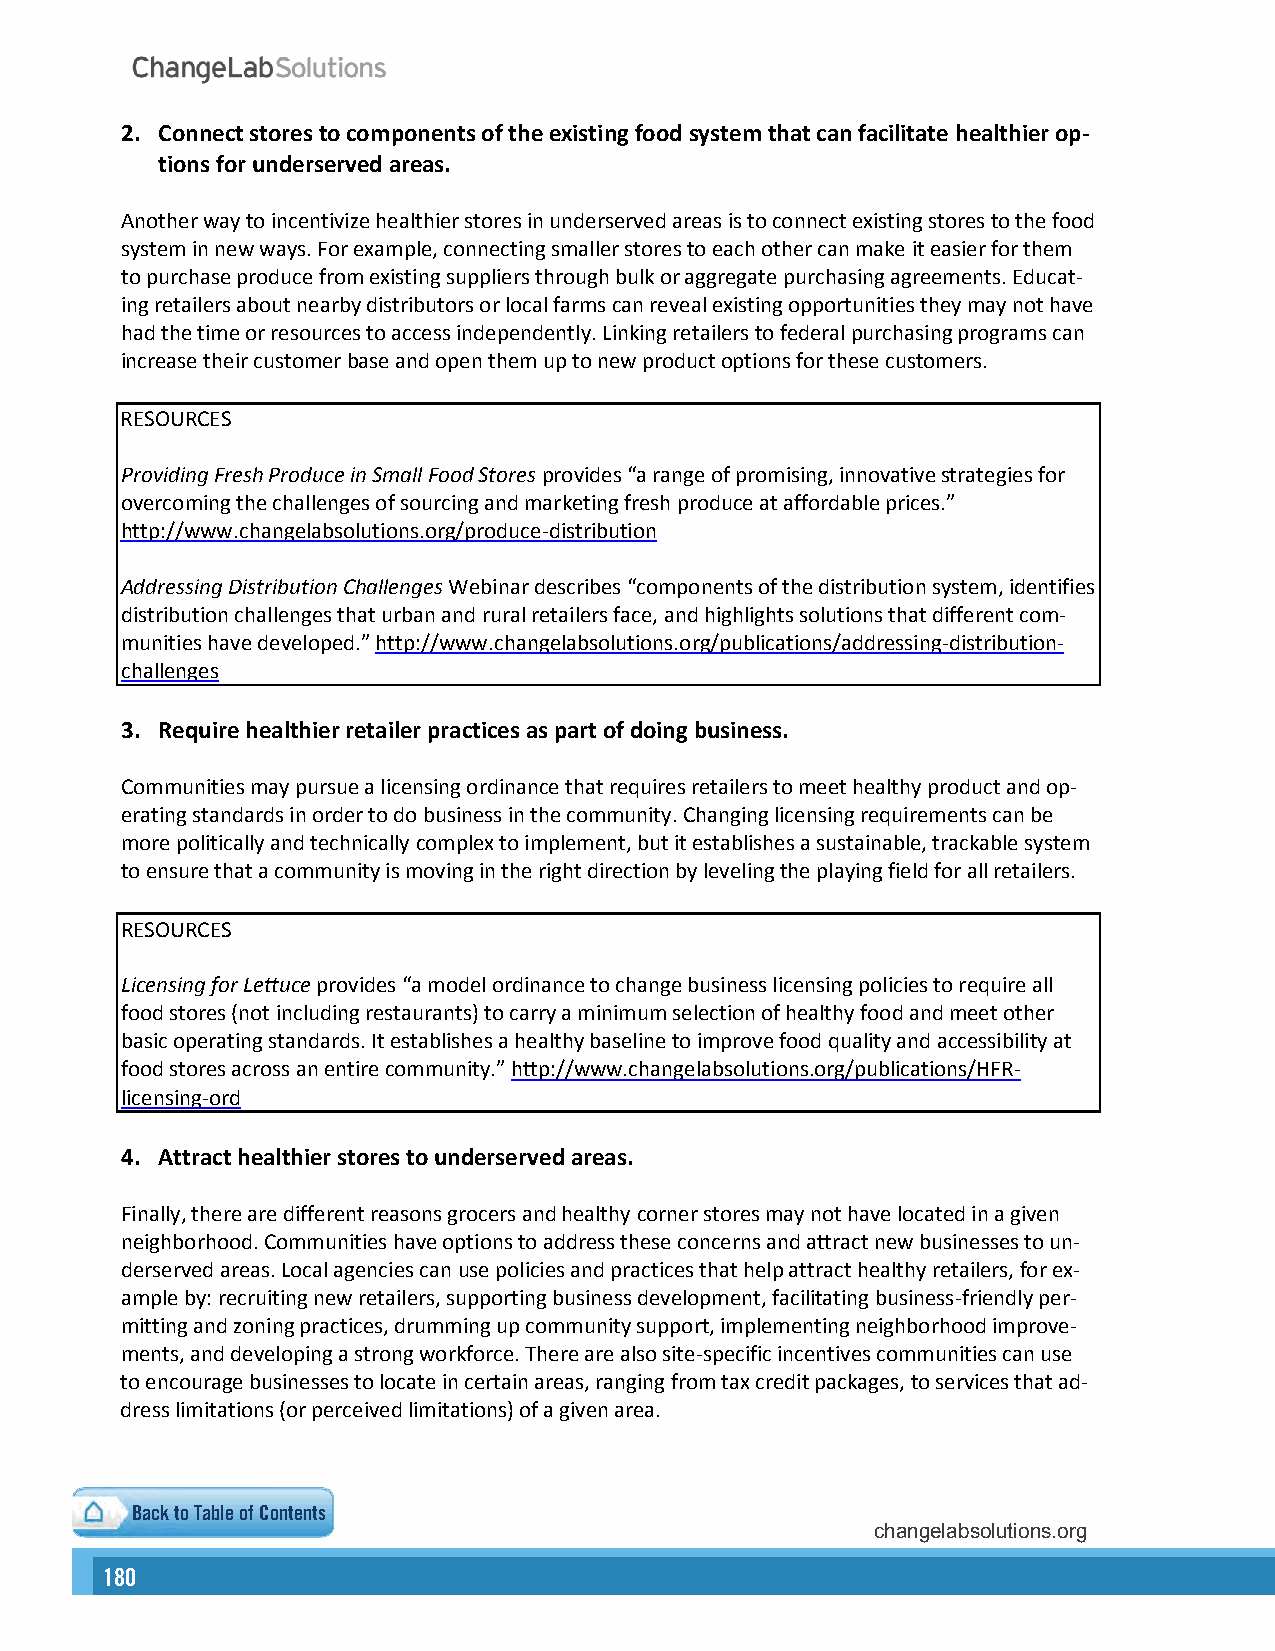
2. Connect stores to components of the existing food system that can facilitate healthier op-
 tions for underserved areas.
 Another way to incentivize healthier stores in underserved areas is to connect existing stores to the food
 system in new ways. For example, connecting smaller stores to each other can make it easier for them
 to purchase produce from existing suppliers through bulk or aggregate purchasing agreements. Educat-
 ing retailers about nearby distributors or local farms can reveal existing opportunities they may not have
 had the time or resources to access independently. Linking retailers to federal purchasing programs can
 increase their customer base and open them up to new product options for these customers.
 RESOURCES
 Providing Fresh Produce in Small Food Stores provides “a range of promising, innovative strategies for
 overcoming the challenges of sourcing and marketing fresh produce at affordable prices.”
 http://www.changelabsolutions.org/produce-distribution
 Addressing Distribution Challenges Webinar describes “components of the distribution system, identifies
 distribution challenges that urban and rural retailers face, and highlights solutions that different com-
 munities have developed.” http://www.changelabsolutions.org/publications/addressing-distribution-
 challenges
 3. Require healthier retailer practices as part of doing business.
 Communities may pursue a licensing ordinance that requires retailers to meet healthy product and op-
 erating standards in order to do business in the community. Changing licensing requirements can be
 more politically and technically complex to implement, but it establishes a sustainable, trackable system
 to ensure that a community is moving in the right direction by leveling the playing field for all retailers.
 RESOURCES
 Licensing for Lettuce provides “a model ordinance to change business licensing policies to require all
 food stores (not including restaurants) to carry a minimum selection of healthy food and meet other
 basic operating standards. It establishes a healthy baseline to improve food quality and accessibility at
 food stores across an entire community.” http://www.changelabsolutions.org/publications/HFR-
 licensing-ord
 4. Attract healthier stores to underserved areas.
 Finally, there are different reasons grocers and healthy corner stores may not have located in a given
 neighborhood. Communities have options to address these concerns and attract new businesses to un-
 derserved areas. Local agencies can use policies and practices that help attract healthy retailers, for ex-
 ample by: recruiting new retailers, supporting business development, facilitating business-friendly per-
 mitting and zoning practices, drumming up community support, implementing neighborhood improve-
 ments, and developing a strong workforce. There are also site-specific incentives communities can use
 to encourage businesses to locate in certain areas, ranging from tax credit packages, to services that ad-
 dress limitations (or perceived limitations) of a given area.
 Back to Table of Contents
 changelabsolutions.org
 180                                                                                                                                                      181